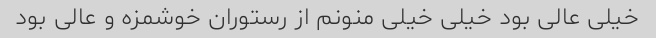
خیلی عالی بود خیلی خیلی منونم از رستوران خوشمزه و عالی بود